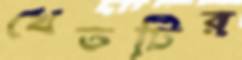
খেতটির